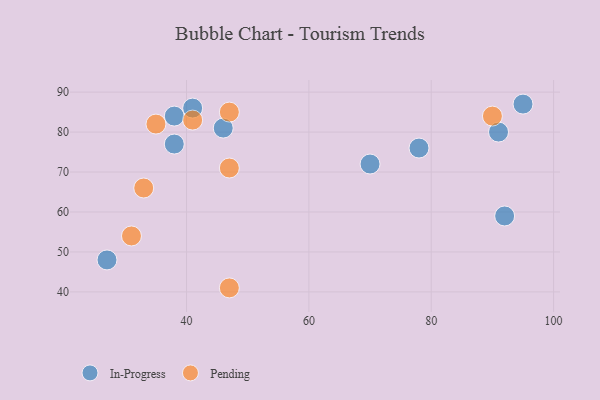
{"axis": {"x": "GDP", "y": "Life Expectancy"}, "legend": ["In-Progress", "Pending"], "data": [{"x": "91", "y": 80, "type": "In-Progress"}, {"x": "78", "y": 76, "type": "In-Progress"}, {"x": "38", "y": 84, "type": "In-Progress"}, {"x": "70", "y": 72, "type": "In-Progress"}, {"x": "95", "y": 87, "type": "In-Progress"}, {"x": "41", "y": 86, "type": "In-Progress"}, {"x": "92", "y": 59, "type": "In-Progress"}, {"x": "27", "y": 48, "type": "In-Progress"}, {"x": "46", "y": 81, "type": "In-Progress"}, {"x": "38", "y": 77, "type": "In-Progress"}, {"x": "47", "y": 85, "type": "Pending"}, {"x": "47", "y": 71, "type": "Pending"}, {"x": "47", "y": 41, "type": "Pending"}, {"x": "31", "y": 54, "type": "Pending"}, {"x": "41", "y": 83, "type": "Pending"}, {"x": "35", "y": 82, "type": "Pending"}, {"x": "90", "y": 84, "type": "Pending"}, {"x": "33", "y": 66, "type": "Pending"}]}